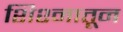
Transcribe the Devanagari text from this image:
शिश्नातून